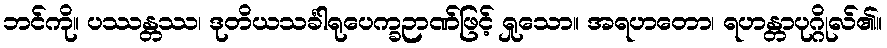
ဘင်ကို။ ပဿန္တဿ၊ ဒုတိယသင်္ခါရုပေက္ခဉာဏ်ဖြင့် ရှုသော။ အရဟတော၊ ရဟန္တာပုဂ္ဂိုလ်၏။